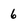
Character: 6